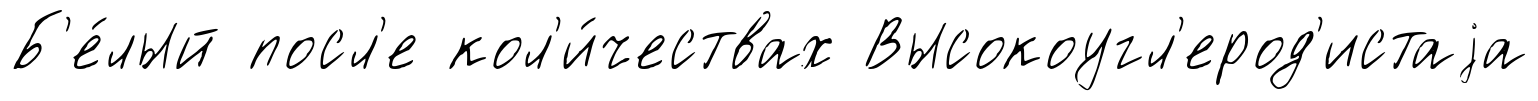
Б'е́лый посл'е кол'и́чествах Высокоугл'ерод'истаjа